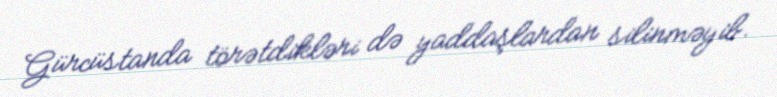
Gürcüstanda törətdikləri də yaddaşlardan silinməyib.